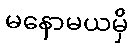
မနောမယမှိ